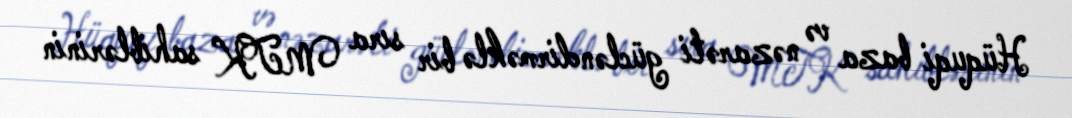
Hüquqi baza və nəzarəti gücləndirməklə bir sıra MTK sahiblərinin